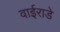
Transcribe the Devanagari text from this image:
वाईराडे